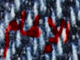
الإلهام